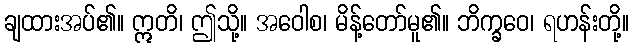
ချထားအပ်၏။ ဣတိ၊ ဤသို့။ အဝေါစ၊ မိန့်တော်မူ၏။ ဘိက္ခဝေ၊ ရဟန်းတို့။